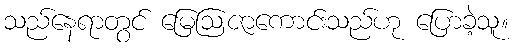
သည်နေရာတွင် မြေဩဇာကောင်းသည်ဟု ပြောခဲ့သူ။